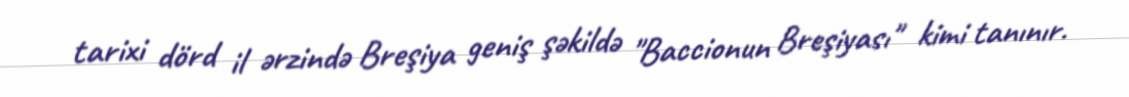
tarixi dörd il ərzində Breşiya geniş şəkildə "Baccionun Breşiyası" kimi tanınır.